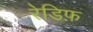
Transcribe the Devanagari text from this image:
रेडिफ़